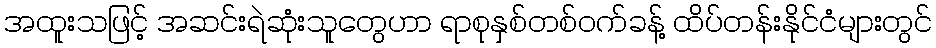
အထူးသဖြင့် အဆင်းရဲဆုံးသူတွေဟာ ရာစုနှစ်တစ်ဝက်ခန့် ထိပ်တန်းနိုင်ငံများတွင်